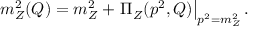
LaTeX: m _ { Z } ^ { 2 } ( Q ) = m _ { Z } ^ { 2 } + \left. \Pi _ { Z } ( p ^ { 2 } , Q ) \right| _ { p ^ { 2 } = m _ { Z } ^ { 2 } } .